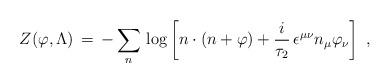
LaTeX: \begin{align*}Z (\varphi , \Lambda) \, = \, - \sum_n \, \log \left[n \cdot (n+ \varphi)+ \frac{i}{\tau_2} \, \epsilon^{\mu \nu} n_{\mu} \varphi_{\nu} \right]\;,\end{align*}